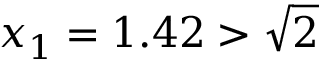
x _ { 1 } = 1 . 4 2 > { \sqrt { 2 } }